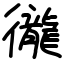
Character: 徿